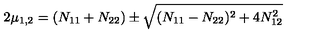
2 \mu _ { 1 , 2 } = ( N _ { 1 1 } + N _ { 2 2 } ) \pm \sqrt { ( N _ { 1 1 } - N _ { 2 2 } ) ^ { 2 } + 4 N _ { 1 2 } ^ { 2 } }